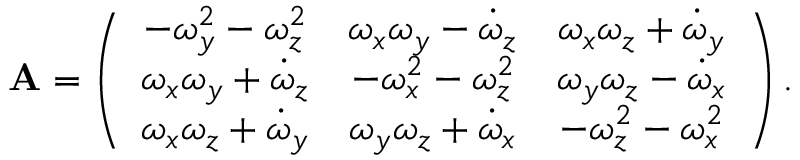
\mathbf { A } = \left( \begin{array} { c c c } { - \omega _ { y } ^ { 2 } - \omega _ { z } ^ { 2 } } & { \omega _ { x } \omega _ { y } - \dot { \omega } _ { z } } & { \omega _ { x } \omega _ { z } + \dot { \omega } _ { y } } \\ { \omega _ { x } \omega _ { y } + \dot { \omega } _ { z } } & { - \omega _ { x } ^ { 2 } - \omega _ { z } ^ { 2 } } & { \omega _ { y } \omega _ { z } - \dot { \omega } _ { x } } \\ { \omega _ { x } \omega _ { z } + \dot { \omega } _ { y } } & { \omega _ { y } \omega _ { z } + \dot { \omega } _ { x } } & { - \omega _ { z } ^ { 2 } - \omega _ { x } ^ { 2 } } \end{array} \right) .